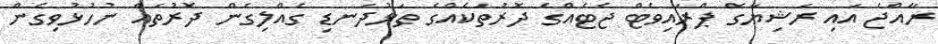
ރާއްޖެ އައި ރަޝިޔާގެ ޕްރައިވެޓް ޖެޓެއްގެ ދޮރުތަކެއްގެ ތަޅުދަނޑި ގެއްލިގެން ދޮރުތައް ނުހުޅުވިގެން